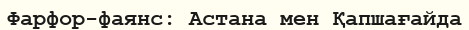
Фарфор-фаянс: Астана мен Қапшағайда